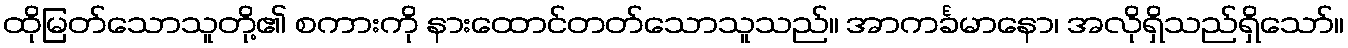
ထိုမြတ်သောသူတို့၏ စကားကို နားထောင်တတ်သောသူသည်။ အာကင်္ခမာနော၊ အလိုရှိသည်ရှိသော်။